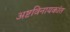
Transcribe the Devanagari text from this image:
अष्टविनायकांत